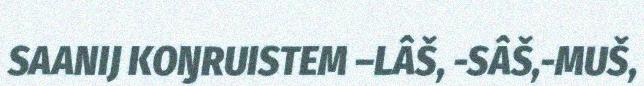
SAANIJ KOŊRUISTEM –LÂŠ, -SÂŠ,-MUŠ,